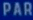
PAR